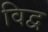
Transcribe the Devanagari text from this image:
विद्व